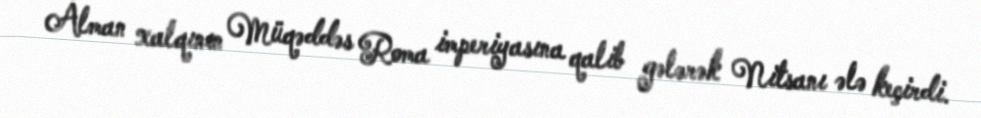
Alman xalqının Müqəddəs Roma imperiyasına qalib gələrək Nitsanı ələ keçirdi.